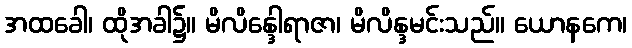
အထခေါ၊ ထိုအခါ၌။ မိလိန္ဒေါရာဇာ၊ မိလိန္ဒမင်းသည်။ ယောနကေ၊